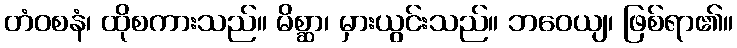
တံဝစနံ၊ ထိုစကားသည်။ မိစ္ဆာ၊ မှားယွင်းသည်။ ဘဝေယျ၊ ဖြစ်ရာ၏။